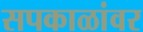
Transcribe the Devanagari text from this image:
सपकाळांवर